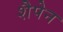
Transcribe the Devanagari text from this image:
शैपेन